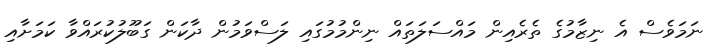
ނަމަވެސް އެ ނިޒާމުގެ ތެރެއިން މައްސަލަތައް ނިންމުމުގައި ލަސްވަމުން ދާކަން ގަބޫލުކުރައްވާ ކަމަށާއި